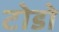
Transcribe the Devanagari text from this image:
टोडो